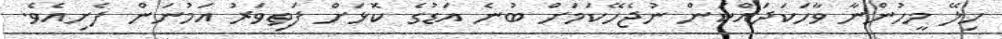
ހިލޭ މީހުންނާ ވާހަކަދައްކަން ނުޖެހޭކަމަށް ބުނެ އަޑުގެ ކޮޅަށް ފަތިވަރު އަމުނަން ފެށިއެވެ.